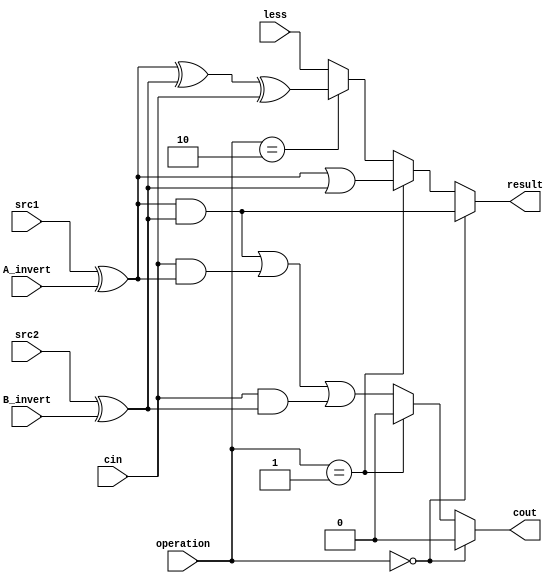
//109550070 
`timescale 1ns/1ps

module alu_top(
               src1,       //1 bit source 1 (input)
               src2,       //1 bit source 2 (input)
               less,       //1 bit less     (input)
               A_invert,   //1 bit A_invert (input)
               B_invert,   //1 bit B_invert (input)
               cin,        //1 bit carry in (input)
               operation,  //operation      (input)
               result,     //1 bit result   (output)
               cout,       //1 bit carry out(output)
               );

input         src1;
input         src2;
input         less;
input         A_invert;
input         B_invert;
input         cin;
input [1:0] operation;

output        result;
output        cout;

reg           result, cout;

wire src1_temp, src2_temp;

xor(src1_temp, src1, A_invert);
xor(src2_temp, src2, B_invert);

always@(*)
begin
    if(operation==2'b00)
        begin
        result <= src1_temp & src2_temp;
        cout <= 0;
        end
    else if(operation == 2'b01)
        begin
        result <= src1_temp | src2_temp;
        cout <= 0;
        end
    else if(operation == 2'b10)
        begin
        result <= src1_temp ^ src2_temp ^ cin;
        cout <= (src1_temp & src2_temp) | (cin & src1_temp) | (cin & src2_temp);
        end
    else 
        begin
        result <= less;
        cout <= (src1_temp & src2_temp) | (cin & src1_temp) | (cin & src2_temp);
        end
end

endmodule